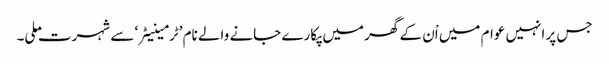
جس پر انہیں عوام میں اْن کے گھر میں پکارے جانے والے نام ’ٹرمینیٹر‘ سے شہرت ملی۔